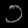
Digit: ၁